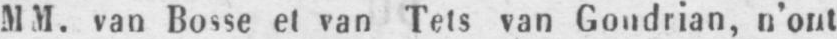
MM. van Bosse et van Tels van Goudrian, n’ont